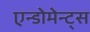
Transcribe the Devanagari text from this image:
एन्डोमेन्ट्‌स